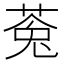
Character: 𮏸